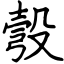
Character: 彀